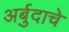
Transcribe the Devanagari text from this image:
अर्बुदाचे